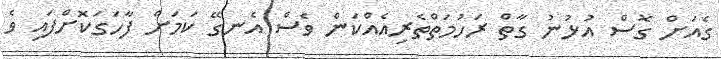
ގެއަށް ގޮސް އުޅުނު ގާތް ރަހުމަތްތެރިއެއްކަން ވެސް އެނގޭ ކަމަށް ފާހަގަކޮށްފައި ވެ